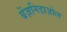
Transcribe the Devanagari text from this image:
बेंज़निडाज़ोल